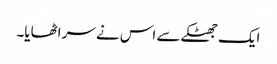
ایک جھٹکے سے اس نے سر اٹھایا۔